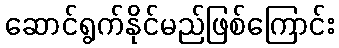
ဆောင်ရွက်နိုင်မည်ဖြစ်ကြောင်း